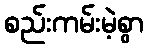
စည်းကမ်းမဲ့စွာ